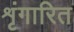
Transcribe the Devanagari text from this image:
शृंगारित